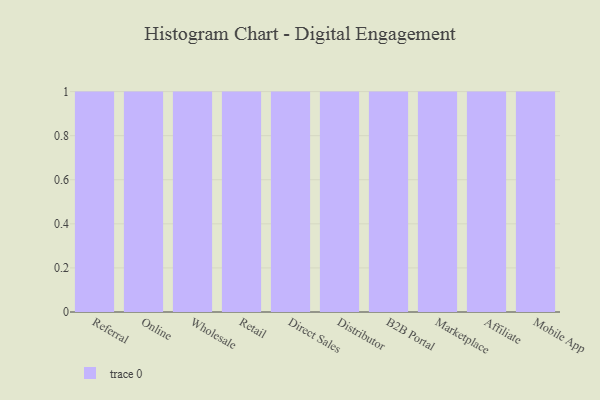
{"axis": {"x": "Channel", "y": "Humidity (%)"}, "legend": [""], "data": [{"x": "Referral", "y": 95, "type": ""}, {"x": "Online", "y": 33, "type": ""}, {"x": "Wholesale", "y": 43, "type": ""}, {"x": "Retail", "y": 63, "type": ""}, {"x": "Direct Sales", "y": 34, "type": ""}, {"x": "Distributor", "y": 19, "type": ""}, {"x": "B2B Portal", "y": 5, "type": ""}, {"x": "Marketplace", "y": 51, "type": ""}, {"x": "Affiliate", "y": 44, "type": ""}, {"x": "Mobile App", "y": 24, "type": ""}]}